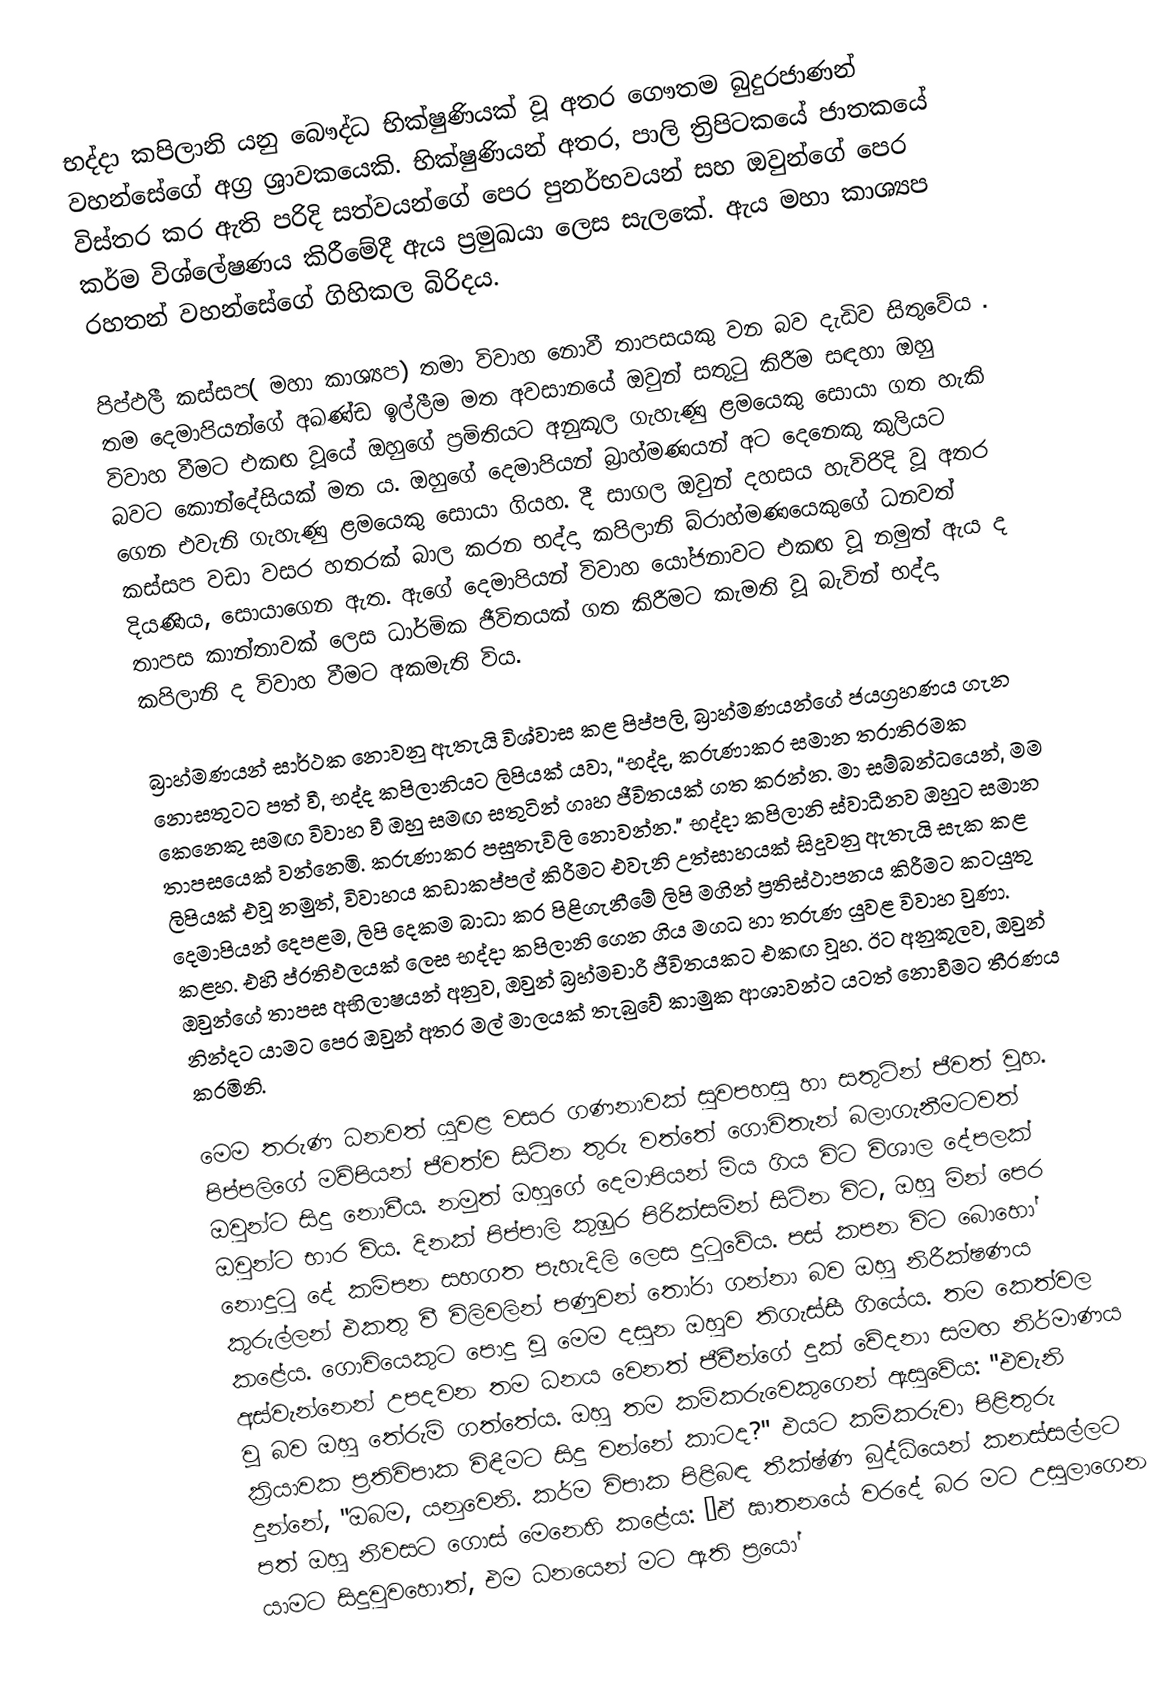
භද්දා කපිලානි යනු බෞද්ධ භික්ෂුණියක් වූ අතර ගෞතම බුදුරජාණන් වහන්සේගේ අග්‍ර ශ්‍රාවකයෙකි. භික්ෂුණියන් අතර, පාලි ත්‍රිපිටකයේ ජාතකයේ විස්තර කර ඇති පරිදි සත්වයන්ගේ පෙර පුනර්භවයන් සහ ඔවුන්ගේ පෙර කර්ම විශ්ලේෂණය කිරීමේදී ඇය ප්‍රමුඛයා ලෙස සැලකේ. ඇය මහා කාශ්‍යප රහතන් වහන්සේගේ ගිහිකල බිරිදය.

පිප්ඵලී කස්සප( මහා කාශ්‍යප) තමා විවාහ නොවී තාපසයකු වන බව දැඩිව සිතුවේය . තම දෙමාපියන්ගේ අඛණ්ඩ ඉල්ලීම මත අවසානයේ ඔවුන් සතුටු කිරීම සඳහා ඔහු විවාහ වීමට එකඟ වූයේ ඔහුගේ ප්‍රමිතියට අනුකූල ගැහැණු ළමයෙකු සොයා ගත හැකි බවට කොන්දේසියක් මත ය. ඔහුගේ දෙමාපියන් බ්‍රාහ්මණයන් අට දෙනෙකු කුලියට ගෙන එවැනි ගැහැණු ළමයෙකු සොයා ගියහ. දී සාගල ඔවුන් දහසය හැවිරිදි වූ අතර කස්සප වඩා වසර හතරක් බාල කරන භද්දා කපිලානි බ්රාහ්මණයෙකුගේ ධනවත් දියණිය, සොයාගෙන ඇත. ඇගේ දෙමාපියන් විවාහ යෝජනාවට එකඟ වූ නමුත් ඇය ද තාපස කාන්තාවක් ලෙස ධාර්මික ජීවිතයක් ගත කිරීමට කැමති වූ බැවින් භද්දා කපිලානි ද විවාහ වීමට අකමැති විය.

බ්‍රාහ්මණයන් සාර්ථක නොවනු ඇතැයි විශ්වාස කළ පිප්පලි, බ්‍රාහ්මණයන්ගේ ජයග්‍රහණය ගැන නොසතුටට පත් වී, භද්ද කපිලානියට ලිපියක් යවා, “භද්ද, කරුණාකර සමාන තරාතිරමක කෙනෙකු සමඟ විවාහ වී ඔහු සමඟ සතුටින් ගෘහ ජීවිතයක් ගත කරන්න. මා සම්බන්ධයෙන්, මම තාපසයෙක් වන්නෙමි. කරුණාකර පසුතැවිලි නොවන්න." භද්දා කපිලානි ස්වාධීනව ඔහුට සමාන ලිපියක් එවූ නමුත්, විවාහය කඩාකප්පල් කිරීමට එවැනි උත්සාහයක් සිදුවනු ඇතැයි සැක කළ දෙමාපියන් දෙපළම, ලිපි දෙකම බාධා කර පිළිගැනීමේ ලිපි මගින් ප්‍රතිස්ථාපනය කිරීමට කටයුතු කළහ. එහි ප්රතිඵලයක් ලෙස භද්දා කපිලානි ගෙන ගිය මගධ හා තරුණ යුවළ විවාහ වුණා. ඔවුන්ගේ තාපස අභිලාෂයන් අනුව, ඔවුන් බ්‍රහ්මචාරී ජීවිතයකට එකඟ වූහ. ඊට අනුකූලව, ඔවුන් නින්දට යාමට පෙර ඔවුන් අතර මල් මාලයක් තැබුවේ කාමුක ආශාවන්ට යටත් නොවීමට තීරණය කරමිනි.

මෙම තරුණ ධනවත් යුවළ වසර ගණනාවක් සුවපහසු හා සතුටින් ජීවත් වූහ. පිප්පලිගේ මව්පියන් ජීවත්ව සිටින තුරු වත්තේ ගොවිතැන් බලාගැනීමටවත් ඔවුන්ට සිදු නොවීය. නමුත් ඔහුගේ දෙමාපියන් මිය ගිය විට විශාල දේපලක් ඔවුන්ට භාර විය. දිනක් පිප්පාලි කුඹුර පිරික්සමින් සිටින විට, ඔහු මින් පෙර නොදුටු දේ කම්පන සහගත පැහැදිලි ලෙස දුටුවේය. පස් කපන විට බොහෝ කුරුල්ලන් එකතු වී විලිවලින් පණුවන් තෝරා ගන්නා බව ඔහු නිරීක්ෂණය කළේය. ගොවියෙකුට පොදු වූ මෙම දසුන ඔහුව තිගැස්සී ගියේය. තම කෙත්වල අස්වැන්නෙන් උපදවන තම ධනය වෙනත් ජීවීන්ගේ දුක් වේදනා සමඟ නිර්මාණය වූ බව ඔහු තේරුම් ගත්තේය. ඔහු තම කම්කරුවෙකුගෙන් ඇසුවේය: "එවැනි ක්‍රියාවක ප්‍රතිවිපාක විඳීමට සිදු වන්නේ කාටද?" එයට කම්කරුවා පිළිතුරු දුන්නේ, "ඔබම, යනුවෙනි. කර්ම විපාක පිළිබඳ තීක්ෂ්ණ බුද්ධියෙන් කනස්සල්ලට පත් ඔහු නිවසට ගොස් මෙනෙහි කළේය: “ඒ ඝාතනයේ වරදේ බර මට උසුලාගෙන යාමට සිදුවුවහොත්, එම ධනයෙන් මට ඇති ප්‍රයෝ